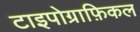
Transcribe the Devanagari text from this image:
टाइपोग्राफ़िकल